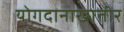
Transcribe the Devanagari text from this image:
योगदानाखातीर